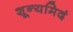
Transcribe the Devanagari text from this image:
शून्यमिदं